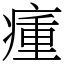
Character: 瘇